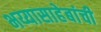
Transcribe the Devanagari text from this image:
भय्यासाहेबांची